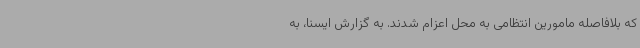
که بلافاصله مامورین انتظامی به محل اعزام شدند. به گزارش ایسنا، به